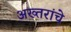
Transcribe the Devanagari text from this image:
अख्तरांचे